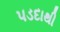
પડદાથી